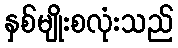
နှစ်မျိုးစလုံးသည်